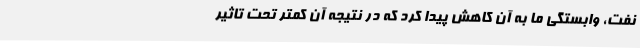
نفت، وابستگی ما به آن کاهش پیدا کرد که در نتیجه آن کمتر تحت تاثیر